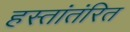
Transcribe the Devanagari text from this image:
हस्तांतंरित